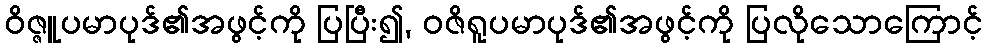
ဝိဇ္ဇူပမာပုဒ်၏အဖွင့်ကို ပြပြီး၍, ဝဇိရူပမာပုဒ်၏အဖွင့်ကို ပြလိုသောကြောင့်